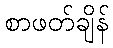
စာဖတ်ချိန်